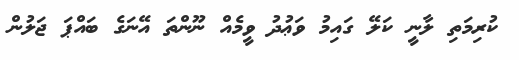
ކުރިމަތި ލާނީ ކަލޭ ގައިމު ވަޢުދު ވީމެއް ނޫންތަ އޭނަގެ ބައްޕަ ޖަލުން